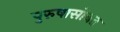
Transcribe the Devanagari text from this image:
पुरुषासोबत